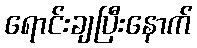
ရောင်းချပြီးနောက်